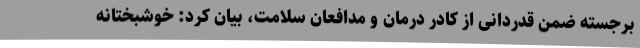
برجسته ضمن قدردانی از کادر درمان و مدافعان سلامت، بیان کرد: خوشبختانه